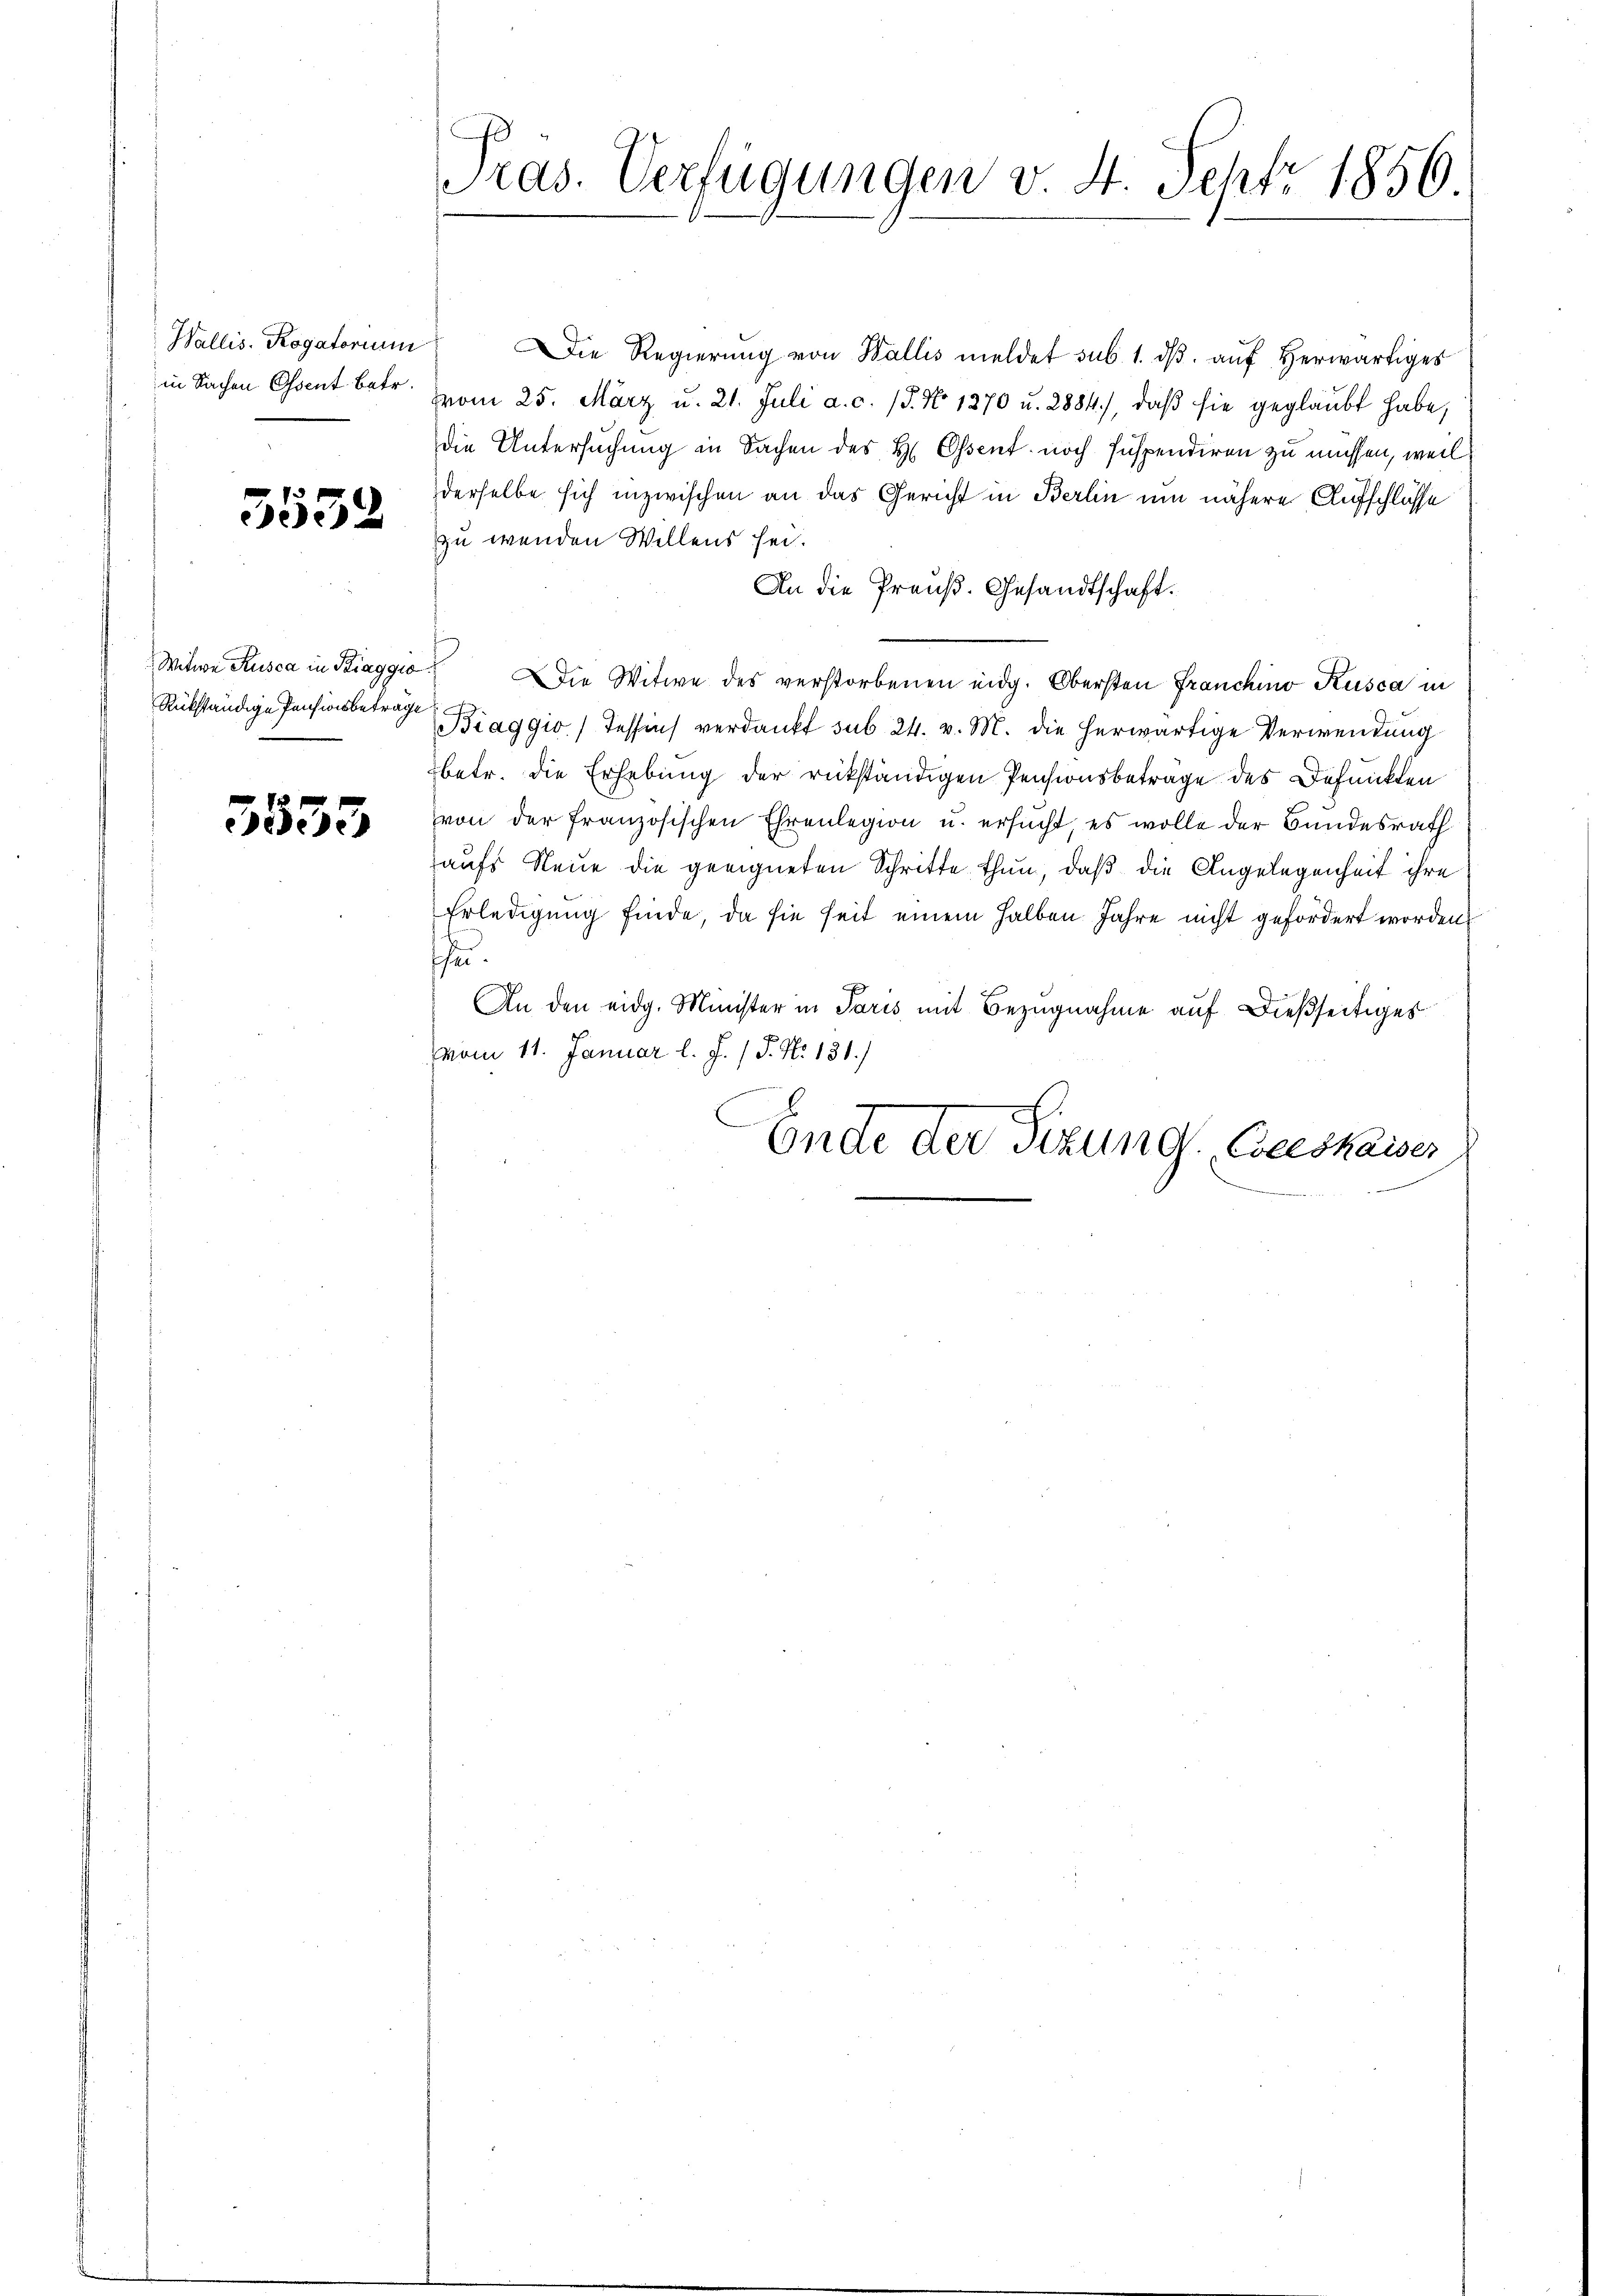
Wallis. Rogatorium
in Sachen Osent betr.

5552

Rükständige Pensionsbeträge

5555

Präs. Verfügungen v. 4. Sept 1856.

Die Regierŭng von Wallis meldet sub. 1. dβ aŭf herwärtiges
vom 25. März u. 21. Juli a. c. (T. No. 1870 u. 2884), daβ sie geglaubt habe,
die Untersuchung in Sachen des H. Essent noch Inspendiren zu müssen, weil
derselbe sich inzwischen an das Gericht in Berlin um nähere Aufschlüsse
zu wenden Willens sei.
An die Preuß. Gesandtschaft.
Witwe Rusca in Riaggio. Die Witwe des verstorbenen eidg. Obersten Franchino Kusca in
Biaggio) Tessins verdankt sub 24. v. M. die herwärtige Verwendung
betr. die Erhebung der rückständigen Pensionsbeträge des Befunkten
von der französischen Ehrenlegion u. ersucht, es wolle der Bundesrath
aufs Neue die geeigneten Schritte thun, daß die Angelegenheit ihre
Erledigung finde, da sie seit einem halben Jahre nicht gefordert worden
h.
An den eidg. Minister in Paris mit Bezugnahme auf dießseitiges
vom 11. Januar l. J. / 5. No 131.)
Ende der Tizung Coceskaiser